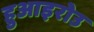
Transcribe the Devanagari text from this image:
हुआइरोउ